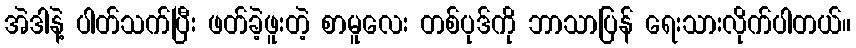
အဲဒါနဲ့ ပါတ်သက်ပြီး ဖတ်ခဲ့ဖူးတဲ့ စာမူလေး တစ်ပုဒ်ကို ဘာသာပြန် ရေးသားလိုက်ပါတယ်။